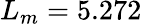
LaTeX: L_{m}=5.272